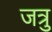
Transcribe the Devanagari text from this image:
जत्रु